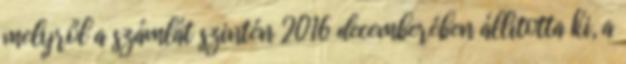
melyről a számlát szintén 2016 decemberében állította ki, a